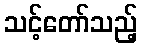
သင့်တော်သည့်